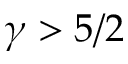
\gamma > 5 / 2